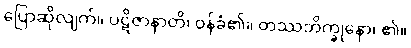
ပြောဆိုလျက်။ ပဋိဇာနာတိ၊ ဝန်ခံ၏။ တဿဘိက္ခုနော၊ ၏။